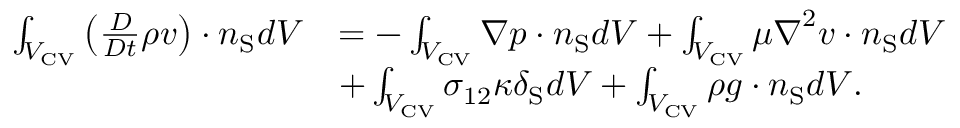
\begin{array} { r l } { \int _ { { V _ { \mathrm { { C V } } } } } \left( \frac { D } { D t } \rho \boldsymbol { v } \right) \cdot \boldsymbol { n } _ { \mathrm { S } } d V } & { = - \int _ { { V _ { \mathrm { { C V } } } } } \boldsymbol { \nabla } p \cdot \boldsymbol { n } _ { \mathrm { S } } d V + \int _ { { V _ { \mathrm { { C V } } } } } \mu \boldsymbol { \nabla } ^ { 2 } \boldsymbol { v } \cdot \boldsymbol { n } _ { \mathrm { S } } d V } \\ & { + \int _ { { V _ { \mathrm { { C V } } } } } \sigma _ { 1 2 } \kappa \delta _ { \mathrm { S } } d V + \int _ { { V _ { \mathrm { { C V } } } } } \rho \boldsymbol { g } \cdot \boldsymbol { n } _ { \mathrm { S } } d V . } \end{array}